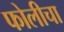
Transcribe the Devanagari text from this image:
फोलीचा